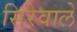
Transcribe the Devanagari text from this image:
सिरेवाले